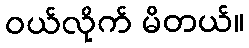
ဝယ်လိုက် မိတယ်။